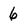
Character: 6